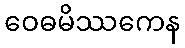
ဝေဓမိဿကေန